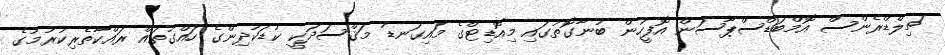
ޗިލްޑްރެންސް އޮމްބަޑްސްޕާސަން އޮފީހުން ބުނާގޮތުގައި މިއޮޑިޓްގެ މައިގަނޑު މަޤްސަދަކީ ކުޑަކުދިންގެ ހައްގުތައް ރައްކާތެރިކުރުމުގެ